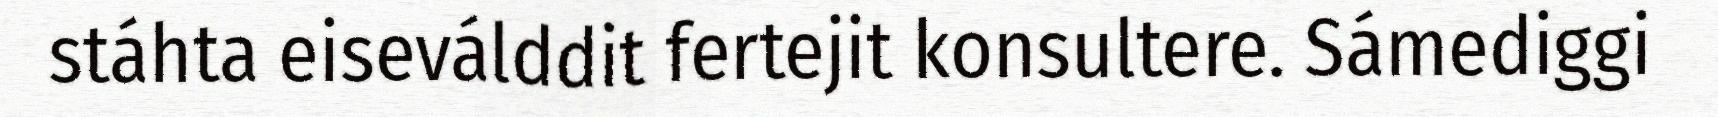
stáhta eiseválddit fertejit konsultere. Sámediggi